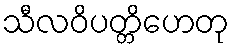
သီလဝိပတ္တိဟေတု